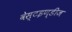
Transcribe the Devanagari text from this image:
वेस्टइण्डीज